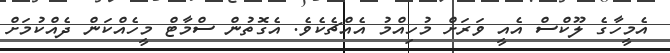
އެމީހާގެ ލޫކްސް އެއީ ވަރަށް މުހިއްމު އެއްޗެކެވެ. އެގޮތުން ސްމާޓް މީހެއްކަން ދެއްކުމަށް